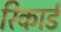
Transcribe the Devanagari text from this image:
रिकार्ड